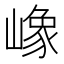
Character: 嶑